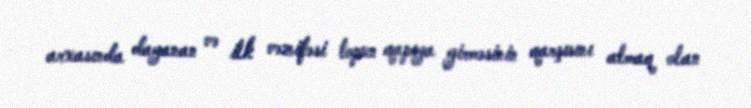
arxasında dayanan və ilk vəzifəsi topun qapıya girməsinin qarşısını almaq olan